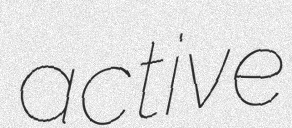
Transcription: active